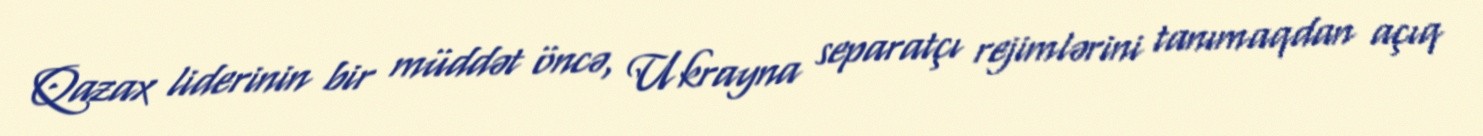
Qazax liderinin bir müddət öncə, Ukrayna separatçı rejimlərini tanımaqdan açıq